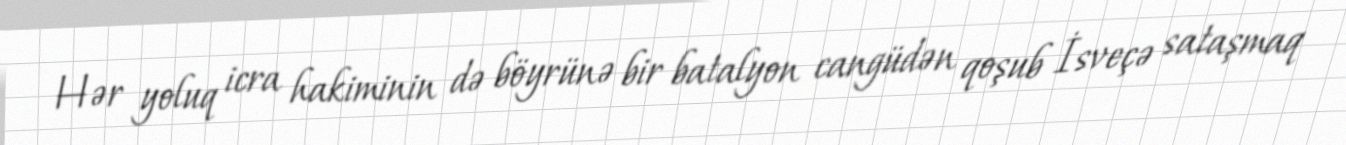
Hər yoluq icra hakiminin də böyrünə bir batalyon cangüdən qoşub İsveçə sataşmaq